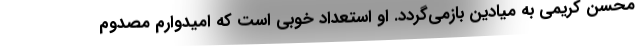
محسن کریمی به میادین بازمی‌گردد. او استعداد خوبی است که امیدوارم مصدوم